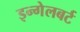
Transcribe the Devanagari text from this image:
इन्गेलबर्ट